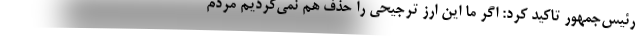
رئیس‌جمهور تاکید کرد: اگر ما این ارز ترجیحی را حذف هم نمی‌کردیم مردم